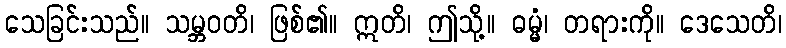
သေခြင်းသည်။ သမ္ဘဝတိ၊ ဖြစ်၏။ ဣတိ၊ ဤသို့။ ဓမ္မံ၊ တရားကို။ ဒေသေတိ၊